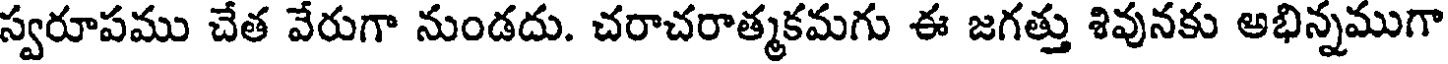
స్వరూపము చేత వేరుగా నుండదు. చరాచరాత్మకమగు ఈ జగత్తు శివునకు అభిన్నముగా